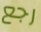
رجع